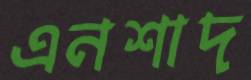
এনশাদ